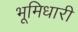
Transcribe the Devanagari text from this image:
भूमिधारी